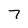
Character: 7